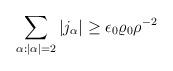
LaTeX: \begin{align*}\sum_{\alpha :|\alpha|=2}|j_\alpha|\ge \epsilon_0\varrho_0\rho ^{-2}\end{align*}